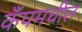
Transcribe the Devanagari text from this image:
कँपमधील